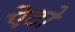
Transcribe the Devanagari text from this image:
ऐटो